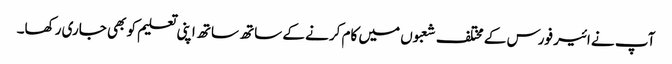
آپ نے ائیر فورس کے مختلف شعبوں میں کام کرنے کے ساتھ ساتھ اپنی تعلیم کو بھی جاری رکھا۔